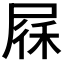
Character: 𱚻